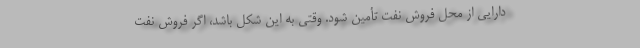
دارایی از محل فروش نفت تأمین شود. وقتی به این شكل باشد، اگر فروش نفت